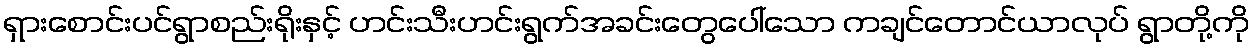
ရှားစောင်းပင်ရွာစည်းရိုးနှင့် ဟင်းသီးဟင်းရွက်အခင်းတွေပေါ်သော ကချင်တောင်ယာလုပ် ရွာတို့ကို